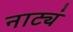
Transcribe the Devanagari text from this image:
नाट्यं